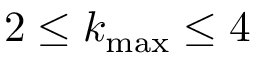
2 \leq k _ { \operatorname* { m a x } } \leq 4